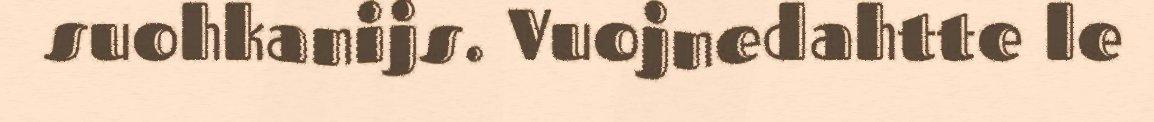
suohkanijs. Vuojnedahtte le